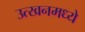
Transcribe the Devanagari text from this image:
उत्खनमध्ये